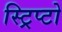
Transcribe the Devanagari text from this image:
स्ट्रिप्टो